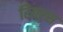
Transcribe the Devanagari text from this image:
रिगरस